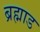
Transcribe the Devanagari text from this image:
ब्रह्माड